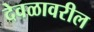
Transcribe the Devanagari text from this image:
देवळावरील